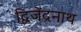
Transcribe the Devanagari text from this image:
द्विजेंद्रनाथ